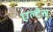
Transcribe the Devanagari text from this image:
एल्टेस